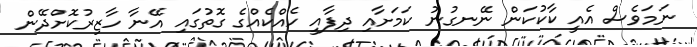
ނަމަވެސް އެއީ ކާކުކަން ނޭނގުނު ކަމަށާއި ދިފާއީ ހެއްކެއްގެ ގޮތުގައި އޭނާ ހާޒިރުކޮށްދޭން